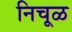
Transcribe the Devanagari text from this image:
निचूळ